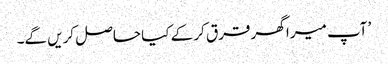
’ آپ میرا گھر قرق کر کے کیا حاصل کریں گے۔